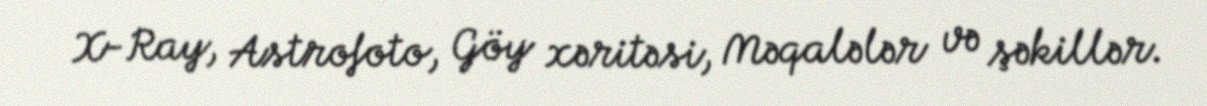
X-Ray, Astrofoto, Göy xəritəsi, Məqalələr və şəkillər.